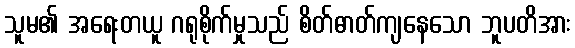
သူမ၏ အရေးတယူ ဂရုစိုက်မှုသည် စိတ်ဓာတ်ကျနေသော ဘူပတိအား